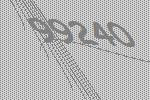
99240